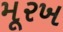
મૂરખ